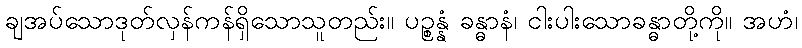
ချအပ်သောဒုတ်လှန်ကန်ရှိသောသူတည်း။ ပဉ္စန္နံ ခန္ဓာနံ၊ ငါးပါးသောခန္ဓာတို့ကို။ အဟံ၊